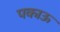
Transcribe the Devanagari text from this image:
पकाऊ